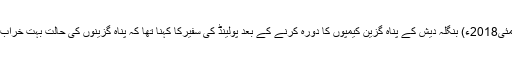
06 مئی2018ء) بنگلہ دیش کے پناہ گزین کیمپوں کا دورہ کرنے کے بعد پولینڈ کی سفیرکا کہنا تھا کہ پناہ گزینوں کی حالت بہت خراب ہے۔